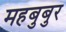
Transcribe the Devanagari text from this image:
महबुबुर